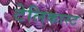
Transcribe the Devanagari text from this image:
टेलिकास्ट